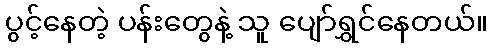
ပွင့်နေတဲ့ ပန်းတွေနဲ့ သူ ပျော်ရွှင်နေတယ်။